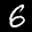
Label: 6